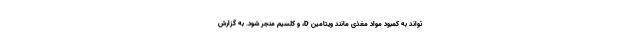
تواند به کمبود مواد مغذی مانند ویتامین D، و کلسیم منجر شود. به گزارش